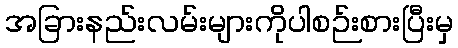
အခြားနည်းလမ်းများကိုပါစဉ်းစားပြီးမှ